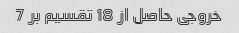
خروجی حاصل از 18 تقسیم بر 7